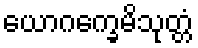
ယောဂက္ခေမိသုတ္တံ